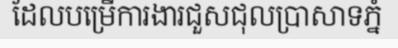
ដែលបម្រើការងារជួសជុលប្រាសាទភ្នំ